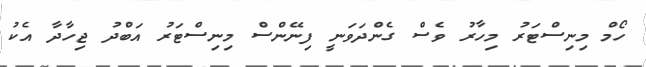
ހޯމް މިނިސްޓަރު މިހާރު ވެސް ގެންދަވަނީ ފިނޭންސް މިނިސްޓަރު އަބްދު ޖިހާދާ އެކު